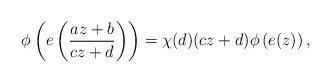
LaTeX: \begin{align*}\phi\left(e\left(\frac{az+b}{cz+d}\right)\right)=\chi(d)(cz+d)\phi\left(e(z)\right),\end{align*}